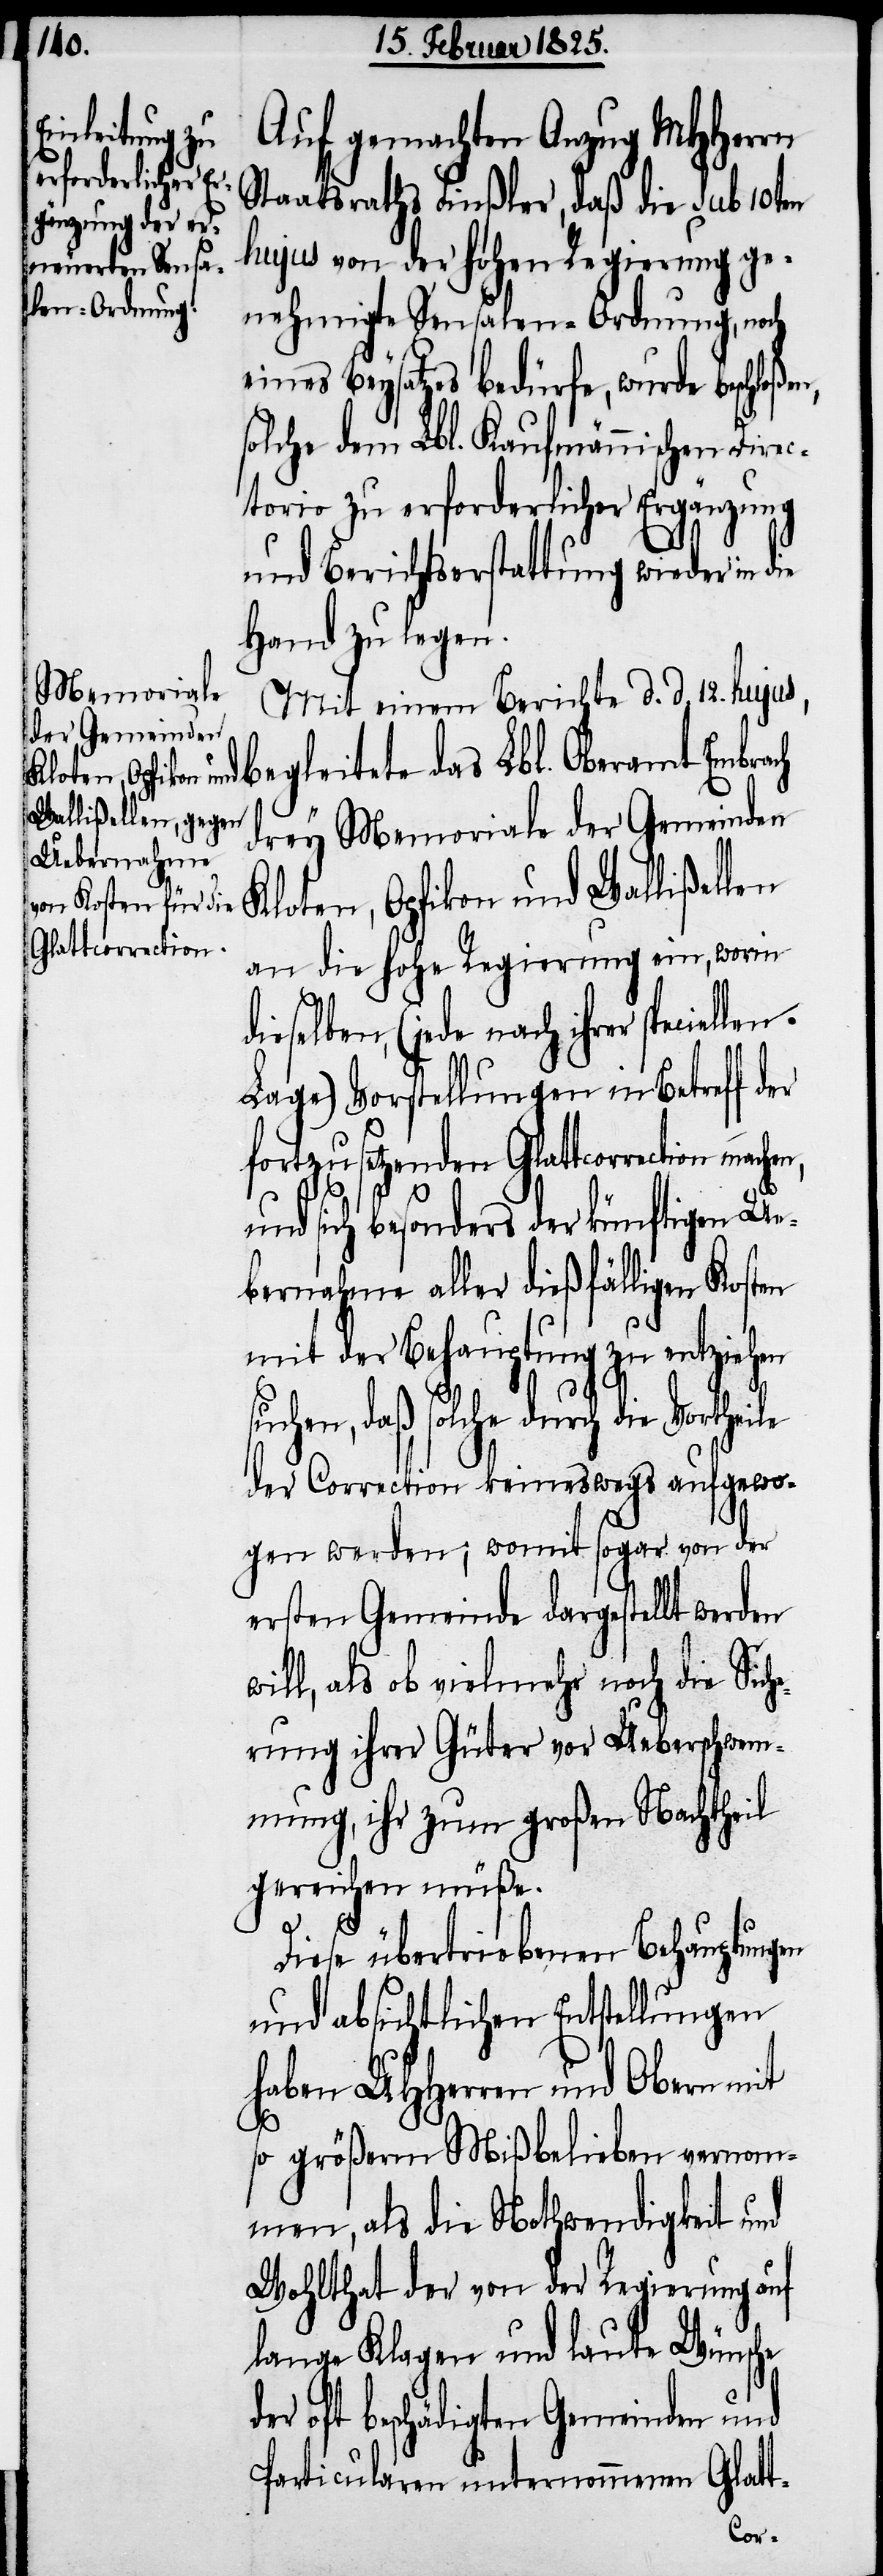
Auf gemachten Anzug MHHerrn
Staatsraths Finßler, daß die sub 10ten
hujus von der hohen Regierung ge¬
nehmigte Sensalen-Ordnung, noch
eines Beysatzes bedürfe, wurde beschloße¬
solche dem Lbl. Kaufmännischen Direc¬
torio zu erforderlicher Ergänzung
und Berichtserstattung wieder in die
Hand zu legen.
Mit einem Berichte d. d. 12. hujus,
begleitete das Lbl. Oberamt Embrach
drey Memoriale der Gemeinden
Kloten, Opfikon und Wallißellen
an die hohe Regierung ein, worin
dieselben, (jede nach ihrer speciellen
Lage) Vorstellungen in Betreff der
fortzusetzenden Glattcorrection
w¬
und sich besonders der künftigen Ue¬
bernahme aller dießfälligen Kosten
mit der Behauptung zu entzieh¬
uchen, daß solche durch die Vorthei¬
der Correction keineswegs aufgewo¬
gen werden; womit sogar von der
ersten Gemeinde dargestellt werden
ill, als ob vielmehr noch die Sich¬
erung ihrer Güter vor Ueberschwem¬
mung, ihr zum großen Nachtheil
gereichen müße.
Diese übertriebenen Behauptungen
und absichtlichen Entstellungen
haben UHHerren und Obern mit
so größerm Mißbelieben vernom¬
men, als die Nothwendigkeit und
Wohlthat der von der Regierung auf
lange Klagen und laute Wünsche
der oft beschädigten Gemeinden und
Particularen unternommenen Glatt-